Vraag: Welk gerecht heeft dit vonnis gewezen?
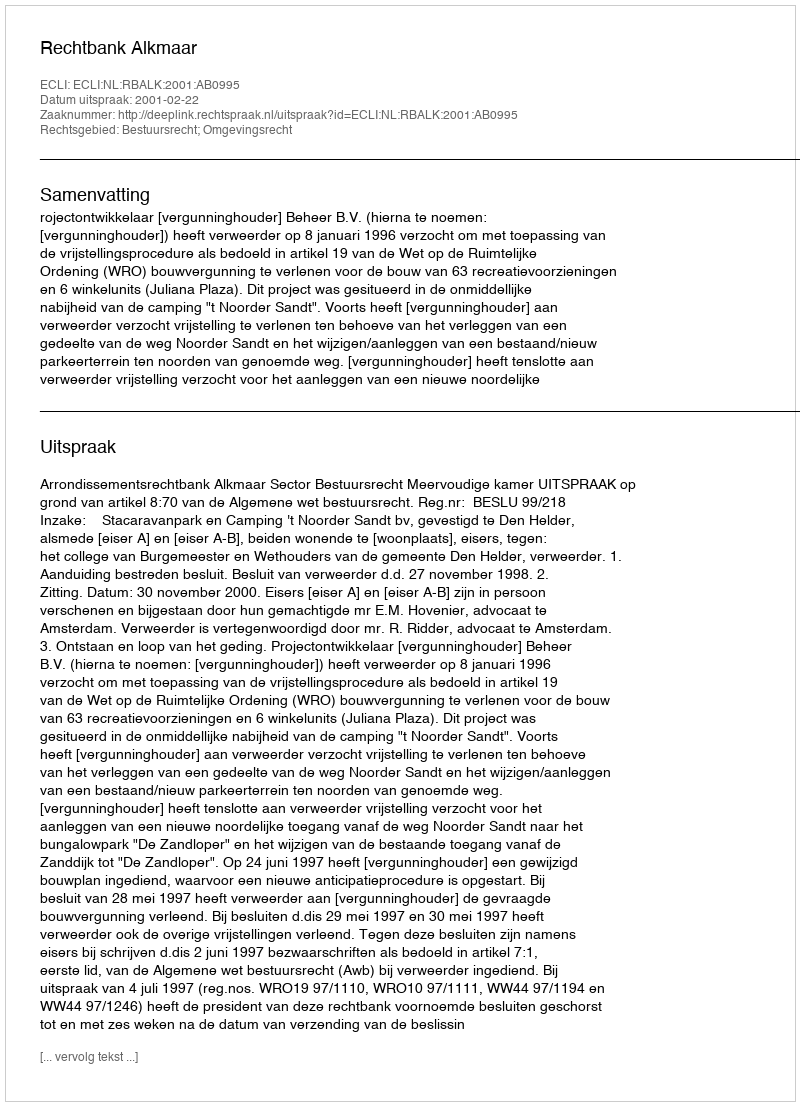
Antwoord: Rechtbank Alkmaar